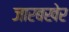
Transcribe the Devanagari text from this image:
जारबखेर